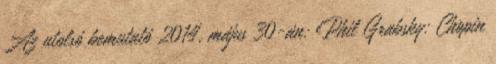
Az utolsó bemutató 2014. május 30-án: Phil Grabsky: Chopin